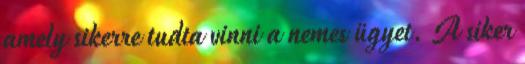
amely sikerre tudta vinni a nemes ügyet. A siker